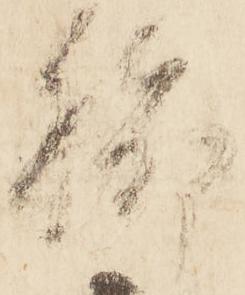
聊